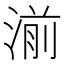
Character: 湔